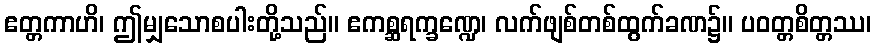
ဧတ္တကာဟိ၊ ဤမျှသောစပါးတို့သည်။ ဧကစ္ဆရက္ခဏ္ဍေ၊ လက်ဖျစ်တစ်ထွက်ခဏ၌။ ပဝတ္တစိတ္တဿ၊